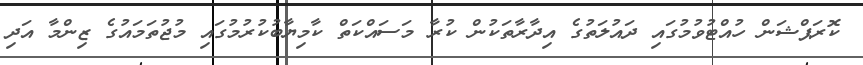
ކޮރަޕްޝަން ހުއްޓުވުމުގައި ދައުލަތުގެ އިދާރާތަކުން ކުރާ މަސައްކަތް ކާމިޔާބުކުރުމުގައި މުޖުތަމައުގެ ޒިންމާ އަދި